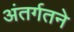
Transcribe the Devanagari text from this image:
अंतर्गतने